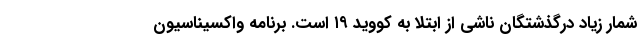
شمار زیاد درگذشتگان ناشی از ابتلا به کووید ۱۹ است. برنامه واکسیناسیون